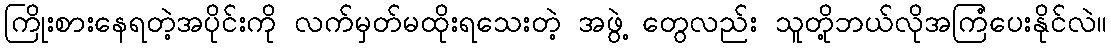
ကြိုးစားနေရတဲ့အပိုင်းကို လက်မှတ်မထိုးရသေးတဲ့ အဖွဲ့ တွေလည်း သူတို့ဘယ်လိုအကြံပေးနိုင်လဲ။